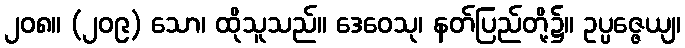
၂၀၈။ (၂၀၉) သော၊ ထိုသူသည်။ ဒေဝေသု၊ နတ်ပြည်တို့၌။ ဥပ္ပဇ္ဇေယျ၊